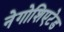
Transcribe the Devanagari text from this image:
नेगोशिएटेड